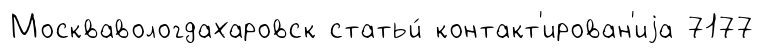
Москвавологдахаровск статьи́ контакт'ирован'иjа 7177